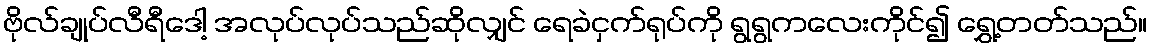
ဗိုလ်ချုပ်လီရီဒေါ့ အလုပ်လုပ်သည်ဆိုလျှင် ရေခဲငှက်ရုပ်ကို ရွရွကလေးကိုင်၍ ရွှေ့တတ်သည်။